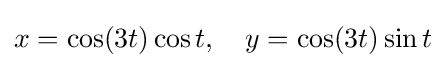
x=\cos(3t)\cos t,\quad y=\cos(3t)\sin t